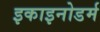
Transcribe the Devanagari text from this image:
इकाइनोडर्म